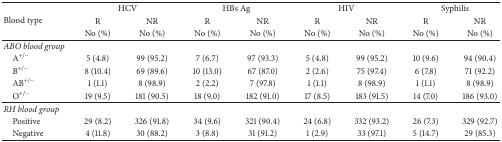
| <ROWSPAN=3> Blood type | <COLSPAN=2> HCV | <COLSPAN=2> HBs Ag | <COLSPAN=2> HIV | <COLSPAN=2> Syphilis |
 | R | NR | R | NR | R | NR | R | NR |
 | No (%) | No (%) | No (%) | No (%) | No (%) | No (%) | No (%) | No (%) |
 | --- | --- | --- | --- | --- | --- | --- | --- | --- |
 | ABO blood group |  |  |  |  |  |  |  |  |
 | A+/− | 5 (4.8) | 99 (95.2) | 7 (6.7) | 97 (93.3) | 5 (4.8) | 99 (95.2) | 10 (9.6) | 94 (90.4) |
 | B+/− | 8 (10.4) | 69 (89.6) | 10 (13.0) | 67 (87.0) | 2 (2.6) | 75 (97.4) | 6 (7.8) | 71 (92.2) |
 | AB+/− | 1 (1.1) | 8 (98.9) | 2 (2.2) | 7 (97.8) | 1 (1.1) | 8 (98.9) | 1 (1.1) | 8 (98.9) |
 | O+/− | 19 (9.5) | 181 (90.5) | 18 (9.0) | 182 (91.0) | 17 (8.5) | 183 (91.5) | 14 (7.0) | 186 (93.0) |
 | RH blood group |  |  |  |  |  |  |  |  |
 | Positive | 29 (8.2) | 326 (91.8) | 34 (9.6) | 321 (90.4) | 24 (6.8) | 332 (93.2) | 26 (7.3) | 329 (92.7) |
 | Negative | 4 (11.8) | 30 (88.2) | 3 (8.8) | 31 (91.2) | 1 (2.9) | 33 (97.1) | 5 (14.7) | 29 (85.3) |